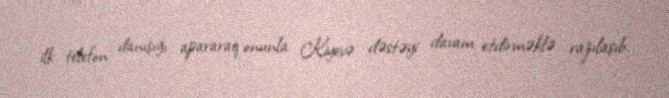
ilk telefon danışığı apararaq onunla Kiyevə dəstəyi davam etdirməklə razılaşıb.